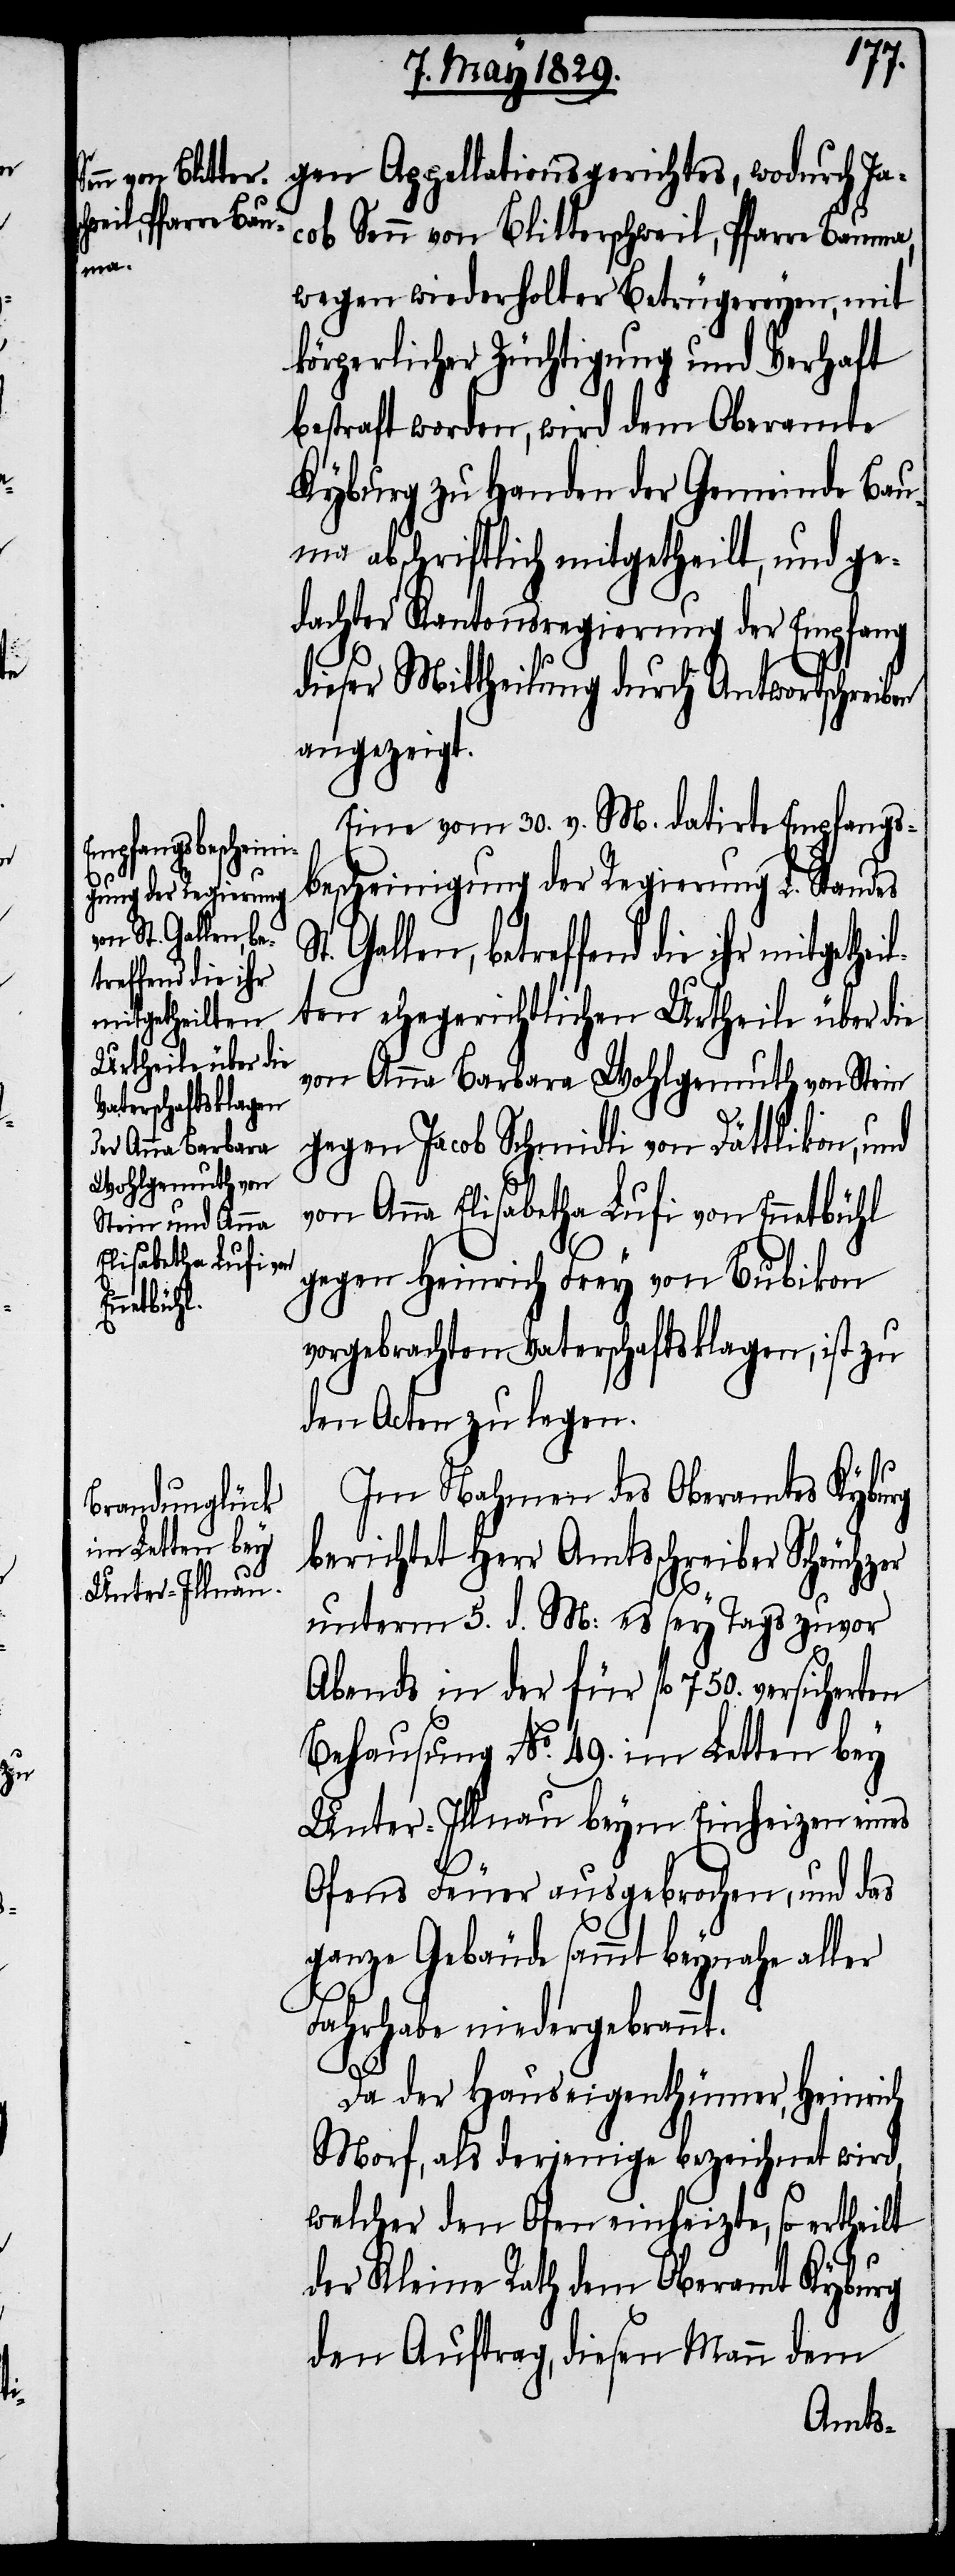
en
St. Gallen, be¬
treffend die ihr
mitgetheilten
Urtheile über die

gen Appellationsgerichtes, wodurch Ja¬
cob Senn von Blitterschweil, Pfarre Bauma,
wegen wiederholter Betrügereyen, mit
körperlicher Züchtigung und Verhaft
bestraft worden, wird dem Oberamte
Kyburg zu Handen der Gemeinde Ba¬
uma abschriftlich mitgetheilt, und ge¬
dachter Kantonsregierung der Empfang
dieser Mittheilung durch Antwortschreib¬
angezeigt.
Eine vom 30. v. M. datirte Empfangs¬
bescheinigung der Regierung L. Standes
von Anna Barbara Wohlgemuth von Stein
gegen Jacob Schmidli von Dättlikon, und
von Anna Elisabetha Lufi von Ennetbühl
gegen Heinrich Frey von Bubikon
vorgebrachten Vaterschaftsklagen, ist zu
den Acten zu legen.
Im Nahmen des Oberamtes Kyburg
berichtet Herr Amtsschreiber Scheuchzer
unterm 5. d. M: es sey Tags zuvor
Abends in der für fl. 750. versicherten
Behausung No. 49. im Letten bey
Unter-Illnau beym Einheizen eines
Ofens Feuer ausgebrochen, und das
ganze Gebäude sammt beynahe aller
Fahrhabe niedergebrannt.
Da der Hauseigenthümer, Heinrich
Morf, als derjenige bezeichnet wird,
welcher den Ofen einheizte, so ertheilt
der Kleine Rath dem Oberamt Kyburg
den Auftrag, diesen Mann dem